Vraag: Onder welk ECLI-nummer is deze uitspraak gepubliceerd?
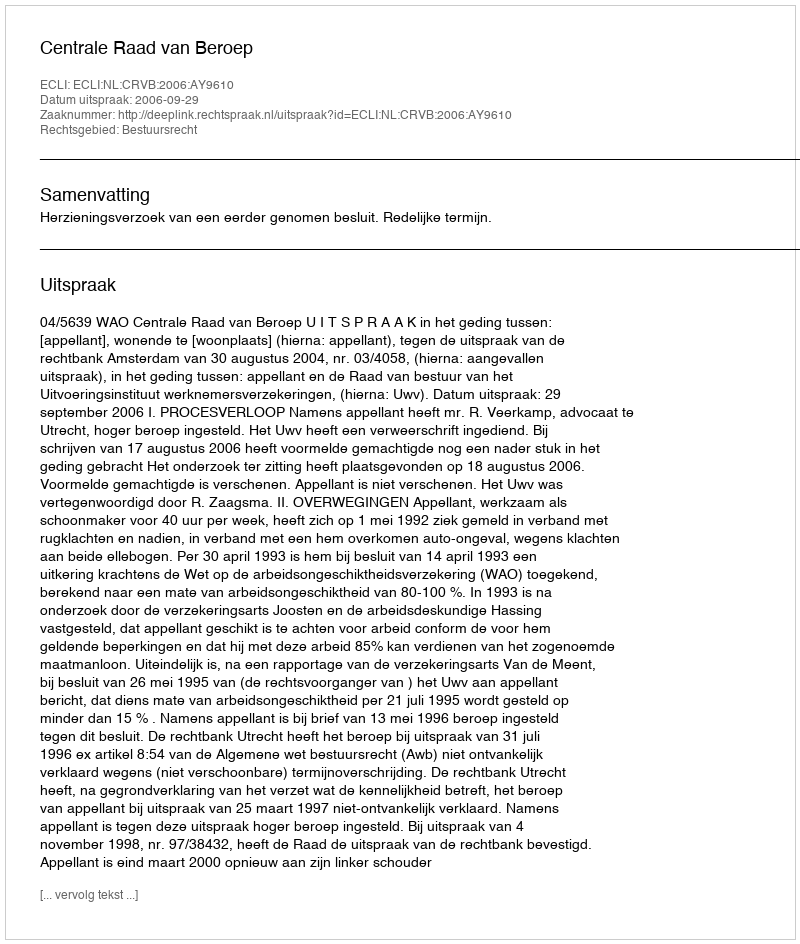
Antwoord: ECLI:NL:CRVB:2006:AY9610